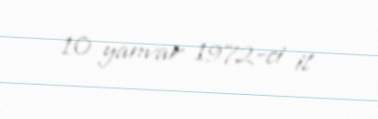
10 yanvar 1972-ci il